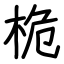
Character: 桅